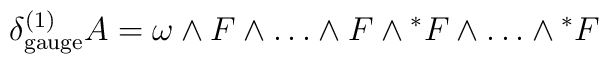
\delta_\mathrm{gauge}^{(1)} A=\omega\wedge F\wedge\dots\wedge F\wedge {^*F}\wedge\dots\wedge{^*F}